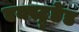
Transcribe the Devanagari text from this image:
एक्स्ट्रूडेड